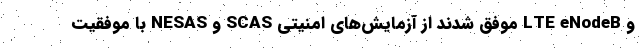
و LTE eNodeB موفق شدند از آزمایش‌های امنیتی SCAS و NESAS با موفقیت